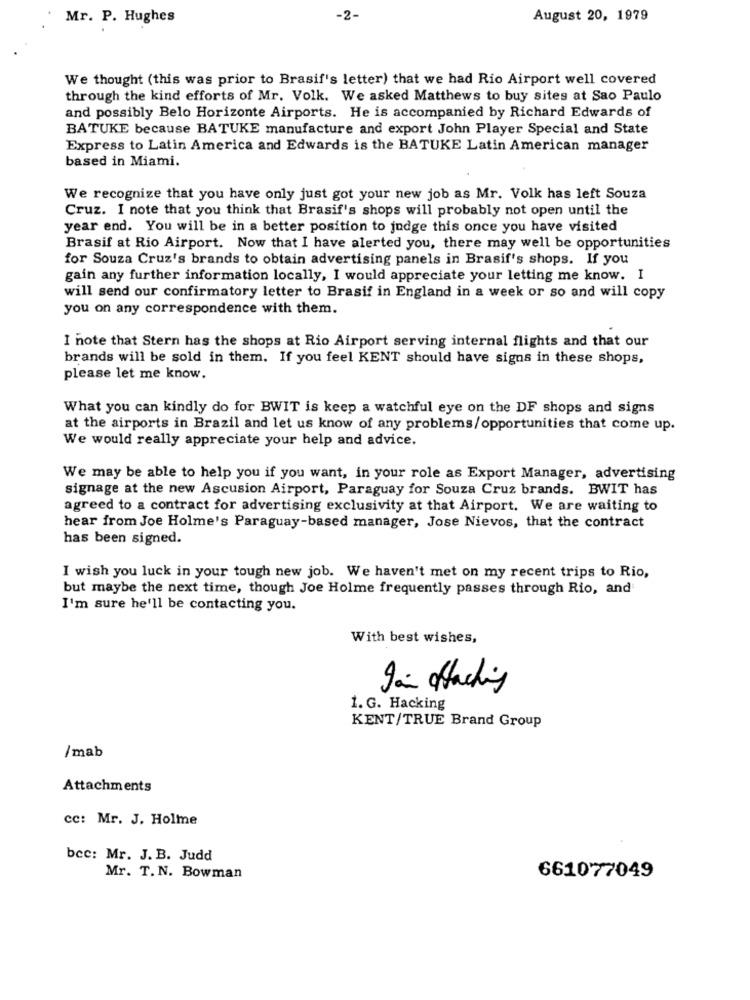
Mr. P. Hughes
-2-
August 20, 1979
We thought (this was prior to Brasif's letter) that we had Rio Airport well covered
through the kind efforts of Mr. Volk. We asked Matthews to buy sites at Sao Paulo
and possibly Belo Horizonte Airports. He is accompanied by Richard Edwards of
BATUKE because BATUKE manufacture and export John Player Special and State
Express to Latin America and Edwards is the BATUKE Latin American manager
based in Miami.
We recognize that you have only just got your new job as Mr. Volk has left Souza
Cruz. I note that you think that Brasif's shops will probably not open until the
year end. You will be in a better position to judge this once you have visited
Brasif at Rio Airport. Now that I have alerted you, there may well be opportunities
for Souza Cruz's brands to obtain advertising panels in Brasif's shops. If you
gain any further information locally, I would appreciate your letting me know. I
will send our confirmatory letter to Brasif in England in a week or so and will copy
you on any correspondence with them.
I note that Stern has the shops at Rio Airport serving internal flights and that our
brands will be sold in them. If you feel KENT should have signs in these shops,
please let me know.
What you can kindly do for BWIT is keep a watchful eye on the DF shops and signs
at the airports in Brazil and let us know of any problems/opportunities that come up.
We would really appreciate your help and advice.
We may be able to help you if you want, in your role as Export Manager, advertising
signage at the new Ascusion Airport, Paraguay for Souza Cruz brands. BWIT has
agreed to a contract for advertising exclusivity at that Airport. We are waiting to
hear from Joe Holme's Paraguay-based manager, Jose Nievos, that the contract
has been signed.
I wish you luck in your tough new job. We haven't met on my recent trips to Rio,
but maybe the next time, though Joe Holme frequently passes through Rio, and
I'm sure he'll be contacting you.
With best wishes,
Jan affecting
1. G. Hacking
KENT/TRUE Brand Group
/mab
Attachments
cc: Mr. J. Holme
bee: Mr. J. B. Judd
Mr. T. N. Bowman
661077049